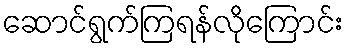
ဆောင်ရွက်ကြရန်လိုကြောင်း